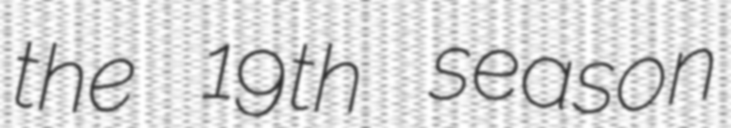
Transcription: the 19th season